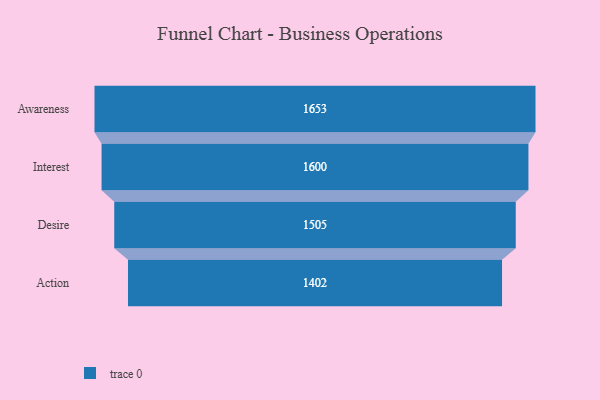
{"axis": {"x": "Stage", "y": "Value"}, "legend": [""], "data": [{"x": "Awareness", "y": 1653.0, "type": ""}, {"x": "Interest", "y": 1600.0, "type": ""}, {"x": "Desire", "y": 1505.0, "type": ""}, {"x": "Action", "y": 1402.0, "type": ""}]}